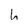
Character: h